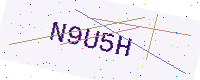
Text: N9U5H